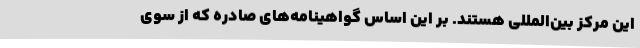
این مرکز بین‌المللی هستند. بر این اساس گواهینامه‌های صادره که از سوی